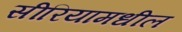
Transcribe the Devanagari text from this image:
सीरियामधील